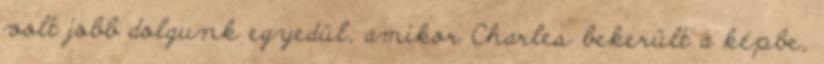
volt jobb dolgunk egyedül, amikor Charles bekerült a képbe,